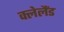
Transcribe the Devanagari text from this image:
क्लेलैंड